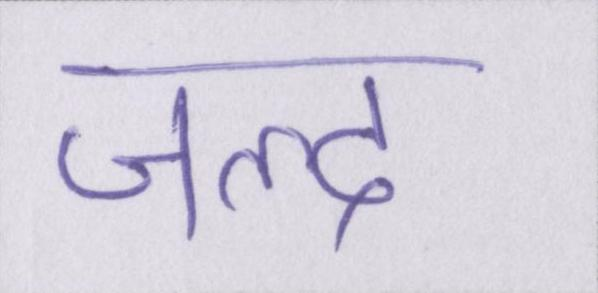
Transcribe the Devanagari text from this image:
जल्द